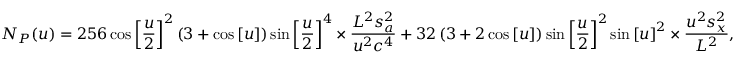
{ N _ { P } } ( u ) = 2 5 6 \cos { \left[ { \frac { u } { 2 } } \right] ^ { 2 } } \left( { 3 + \cos \left[ u \right] } \right) \sin { \left[ { \frac { u } { 2 } } \right] ^ { 4 } } \times \frac { { { L ^ { 2 } } s _ { a } ^ { 2 } } } { { { u ^ { 2 } } { c ^ { 4 } } } } + 3 2 \left( { 3 + 2 \cos \left[ u \right] } \right) \sin { \left[ { \frac { u } { 2 } } \right] ^ { 2 } } \sin { \left[ u \right] ^ { 2 } } \times \frac { { { u ^ { 2 } } s _ { x } ^ { 2 } } } { { { L ^ { 2 } } } } ,